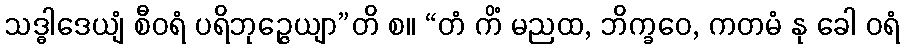
သဒ္ဓါဒေယျံ စီဝရံ ပရိဘုဉ္ဇေယျာ”တိ စ။ “တံ ကိံ မညထ, ဘိက္ခဝေ, ကတမံ နု ခေါ ဝရံ